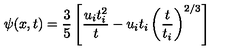
\psi ( x , t ) = \frac { 3 } { 5 } \left[ \frac { u _ { i } t _ { i } ^ { 2 } } { t } - u _ { i } t _ { i } \left( \frac { t } { t _ { i } } \right) ^ { 2 / 3 } \right]